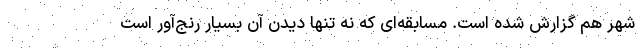
شهر هم گزارش شده است. مسابقه‌ای که نه تنها دیدن آن بسیار رنج‌آور است